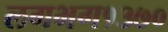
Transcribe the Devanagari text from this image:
लगभग१३७०